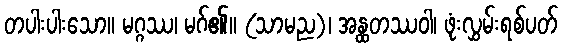
တပါးပါးသော။ မဂ္ဂဿ၊ မဂ်၏။ (သာမည)၊ အန္ထတဿဝါ၊ ဖုံးလွှမ်းရစ်ပတ်